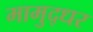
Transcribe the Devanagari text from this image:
मामुद्धर